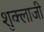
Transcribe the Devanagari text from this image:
शुक्लाजी